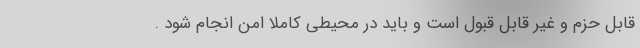
قابل حزم و غیر قابل قبول است و باید در محیطی کاملا امن انجام شود .